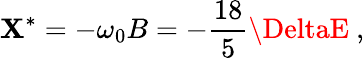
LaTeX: \mathbf{X}^{*}=-\omega_{0}B=-\frac{{18}}{{5}}\DeltaE\ ,